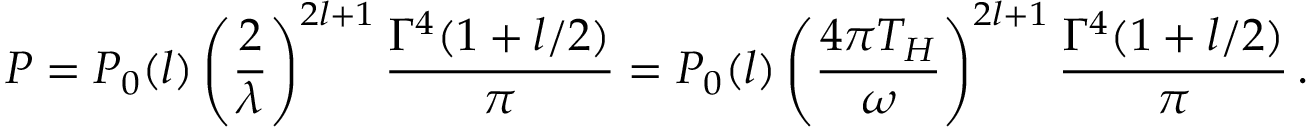
P = P _ { 0 } ( l ) \left( \frac { 2 } { \lambda } \right) ^ { 2 l + 1 } \frac { \Gamma ^ { 4 } ( 1 + l / 2 ) } { \pi } = P _ { 0 } ( l ) \left( \frac { 4 \pi T _ { H } } { \omega } \right) ^ { 2 l + 1 } \frac { \Gamma ^ { 4 } ( 1 + l / 2 ) } { \pi } \, .